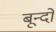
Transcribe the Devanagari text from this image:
बून्दों